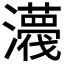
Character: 𤃿